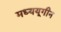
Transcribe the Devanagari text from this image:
मध्ययूगीन